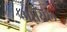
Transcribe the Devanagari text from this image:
आयिल